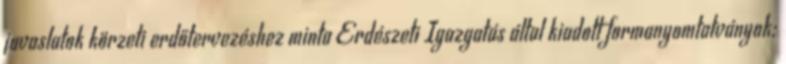
javaslatok körzeti erdőtervezéshez minta Erdészeti Igazgatás által kiadott formanyomtatványok: